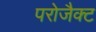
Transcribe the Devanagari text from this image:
परोजैक्ट